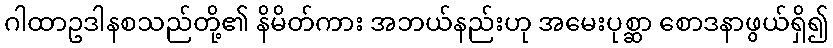
ဂါထာဥဒါနစသည်တို့၏ နိမိတ်ကား အဘယ်နည်းဟု အမေးပုစ္ဆာ စောဒနာဖွယ်ရှိ၍